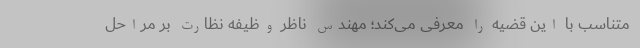
متناسب با این قضیه را معرفی می‌کند؛ مهندس ناظر وظیفه نظارت بر مراحل